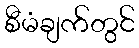
စီမံချက်တွင်